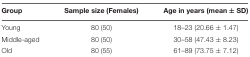
<table><thead><tr><td><b>Group</b></td><td><b>Sample size (Females)</b></td><td><b>Age in years (mean ± SD)</b></td></tr></thead><tbody><tr><td>Young</td><td>80 (50)</td><td>18–23 (20.66 ± 1.47)</td></tr><tr><td>Middle-aged</td><td>80 (50)</td><td>30–58 (47.43 ± 8.23)</td></tr><tr><td>Old</td><td>80 (55)</td><td>61–89 (73.75 ± 7.12)</td></tr></tbody></table>